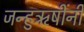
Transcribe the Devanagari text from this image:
जन्हुऋषींनी